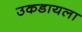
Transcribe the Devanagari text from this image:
उकडायला